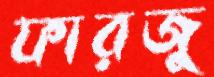
ফারজু